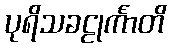
ပုရိသခဠုင်္ကာတိ